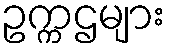
ဥက္ကဌများ